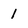
Character: 1